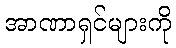
အာဏာရှင်များကို